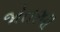
જોતરવા